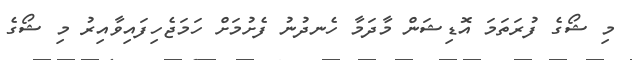
މި ޝޯގެ ފުރަތަމަ އޮޑިޝަން މާދަމާ ހެނދުނު ފެށުމަށް ހަމަޖެހިފައިވާއިރު މި ޝޯގެ